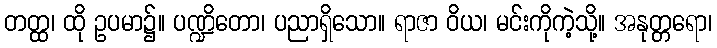
တတ္ထ၊ ထို ဥပမာ၌။ ပဏ္ဍိတော၊ ပညာရှိသော။ ရာဇာ ဝိယ၊ မင်းကိုကဲ့သို့။ အနုတ္တရော၊